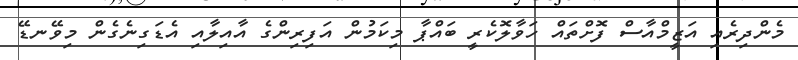
މެންދިރެއި އަޒީމްއާސް ފޮށްތައް ހަވާލޮކެރީ ބައްޕާ މިކަމުން އަފިރިންގެ އާއިލާއި އެޑަގިނެގެން މިވޭނޑޭ